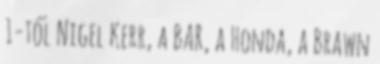
1-től Nigel Kerr, a BAR, a Honda, a Brawn